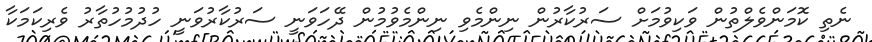
ނެތި ކޮމަންވެލްތުން ވަކިވުމަށް ސަރުކާރުން ނިންމެވި ނިންމެވުމުން ދޭހަވަނީ ސަރުކާރުވަނީ ހުދުމުހުތާރު ވެރިކަމަކާ